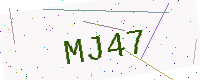
Text: MJ47